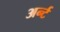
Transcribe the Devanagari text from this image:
अर्न्ट